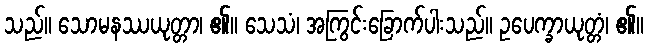
သည်။ သောမနဿယုတ္တာ၊ ၏။ သေသံ၊ အကြွင်းခြောက်ပါးသည်။ ဥပေက္ခာယုတ္တံ၊ ၏။